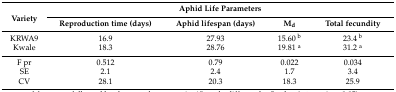
<table><thead><tr><td rowspan="2"><b>Variety</b></td><td colspan="4"><b>Aphid Life Parameters</b></td></tr><tr><td><b>Reproduction time (days)</b></td><td><b>Aphid lifespan (days)</b></td><td><b>M<sub>d</sub></b></td><td><b>Total fecundity</b></td></tr></thead><tbody><tr><td>KRWA9</td><td>16.9</td><td>27.93</td><td>15.60 <sup>b</sup></td><td>23.4 <sup>b</sup></td></tr><tr><td>Kwale</td><td>18.3</td><td>28.76</td><td>19.81 <sup>a</sup></td><td>31.2 <sup>a</sup></td></tr><tr><td>F pr</td><td>0.512</td><td>0.79</td><td>0.022</td><td>0.034</td></tr><tr><td>SE</td><td>2.1</td><td>2.4</td><td>1.7</td><td>3.4</td></tr><tr><td>CV</td><td>28.1</td><td>20.3</td><td>18.3</td><td>25.9</td></tr></tbody></table>